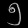
Digit: ၅